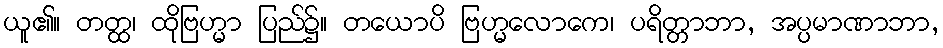
ယူ၏။ တတ္ထ၊ ထိုဗြဟ္မာ ပြည်၌။ တယောပိ ဗြဟ္မလောကေ၊ ပရိတ္တာဘာ, အပ္ပမာဏာဘာ,